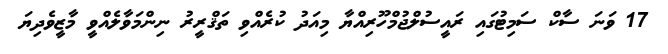
17 ވަނަ ސާކް ސަމިޓުގައި ރައީސުލްޖުމްހޫރިއްޔާ މިއަދު ކުރެއްވި ތަޤްރީރު ނިންމަވާލެއްވީ މާޒީވެދިޔަ